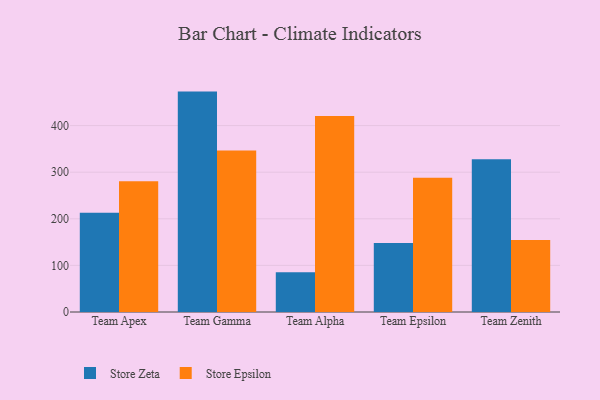
{"axis": {"x": "Team", "y": "Churn Rate (%)"}, "legend": ["Store Epsilon", "Store Zeta"], "data": [{"x": "Team Apex", "y": 213.2, "type": "Store Zeta"}, {"x": "Team Apex", "y": 280.7, "type": "Store Epsilon"}, {"x": "Team Gamma", "y": 472.9, "type": "Store Zeta"}, {"x": "Team Gamma", "y": 346.5, "type": "Store Epsilon"}, {"x": "Team Alpha", "y": 85.2, "type": "Store Zeta"}, {"x": "Team Alpha", "y": 420.7, "type": "Store Epsilon"}, {"x": "Team Epsilon", "y": 147.8, "type": "Store Zeta"}, {"x": "Team Epsilon", "y": 288.1, "type": "Store Epsilon"}, {"x": "Team Zenith", "y": 327.6, "type": "Store Zeta"}, {"x": "Team Zenith", "y": 154.5, "type": "Store Epsilon"}]}